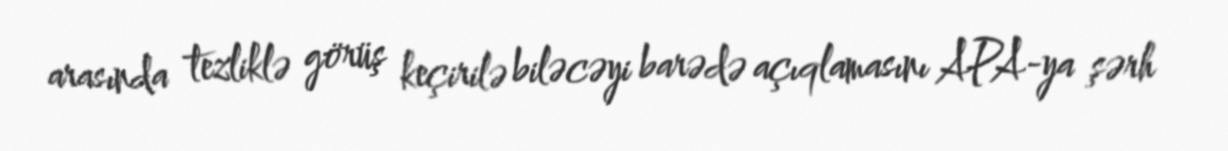
arasında tezliklə görüş keçirilə biləcəyi barədə açıqlamasını APA-ya şərh